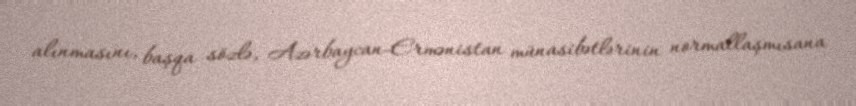
alınmasını, başqa sözlə, Azərbaycan-Ermənistan münasibətlərinin normallaşmısana